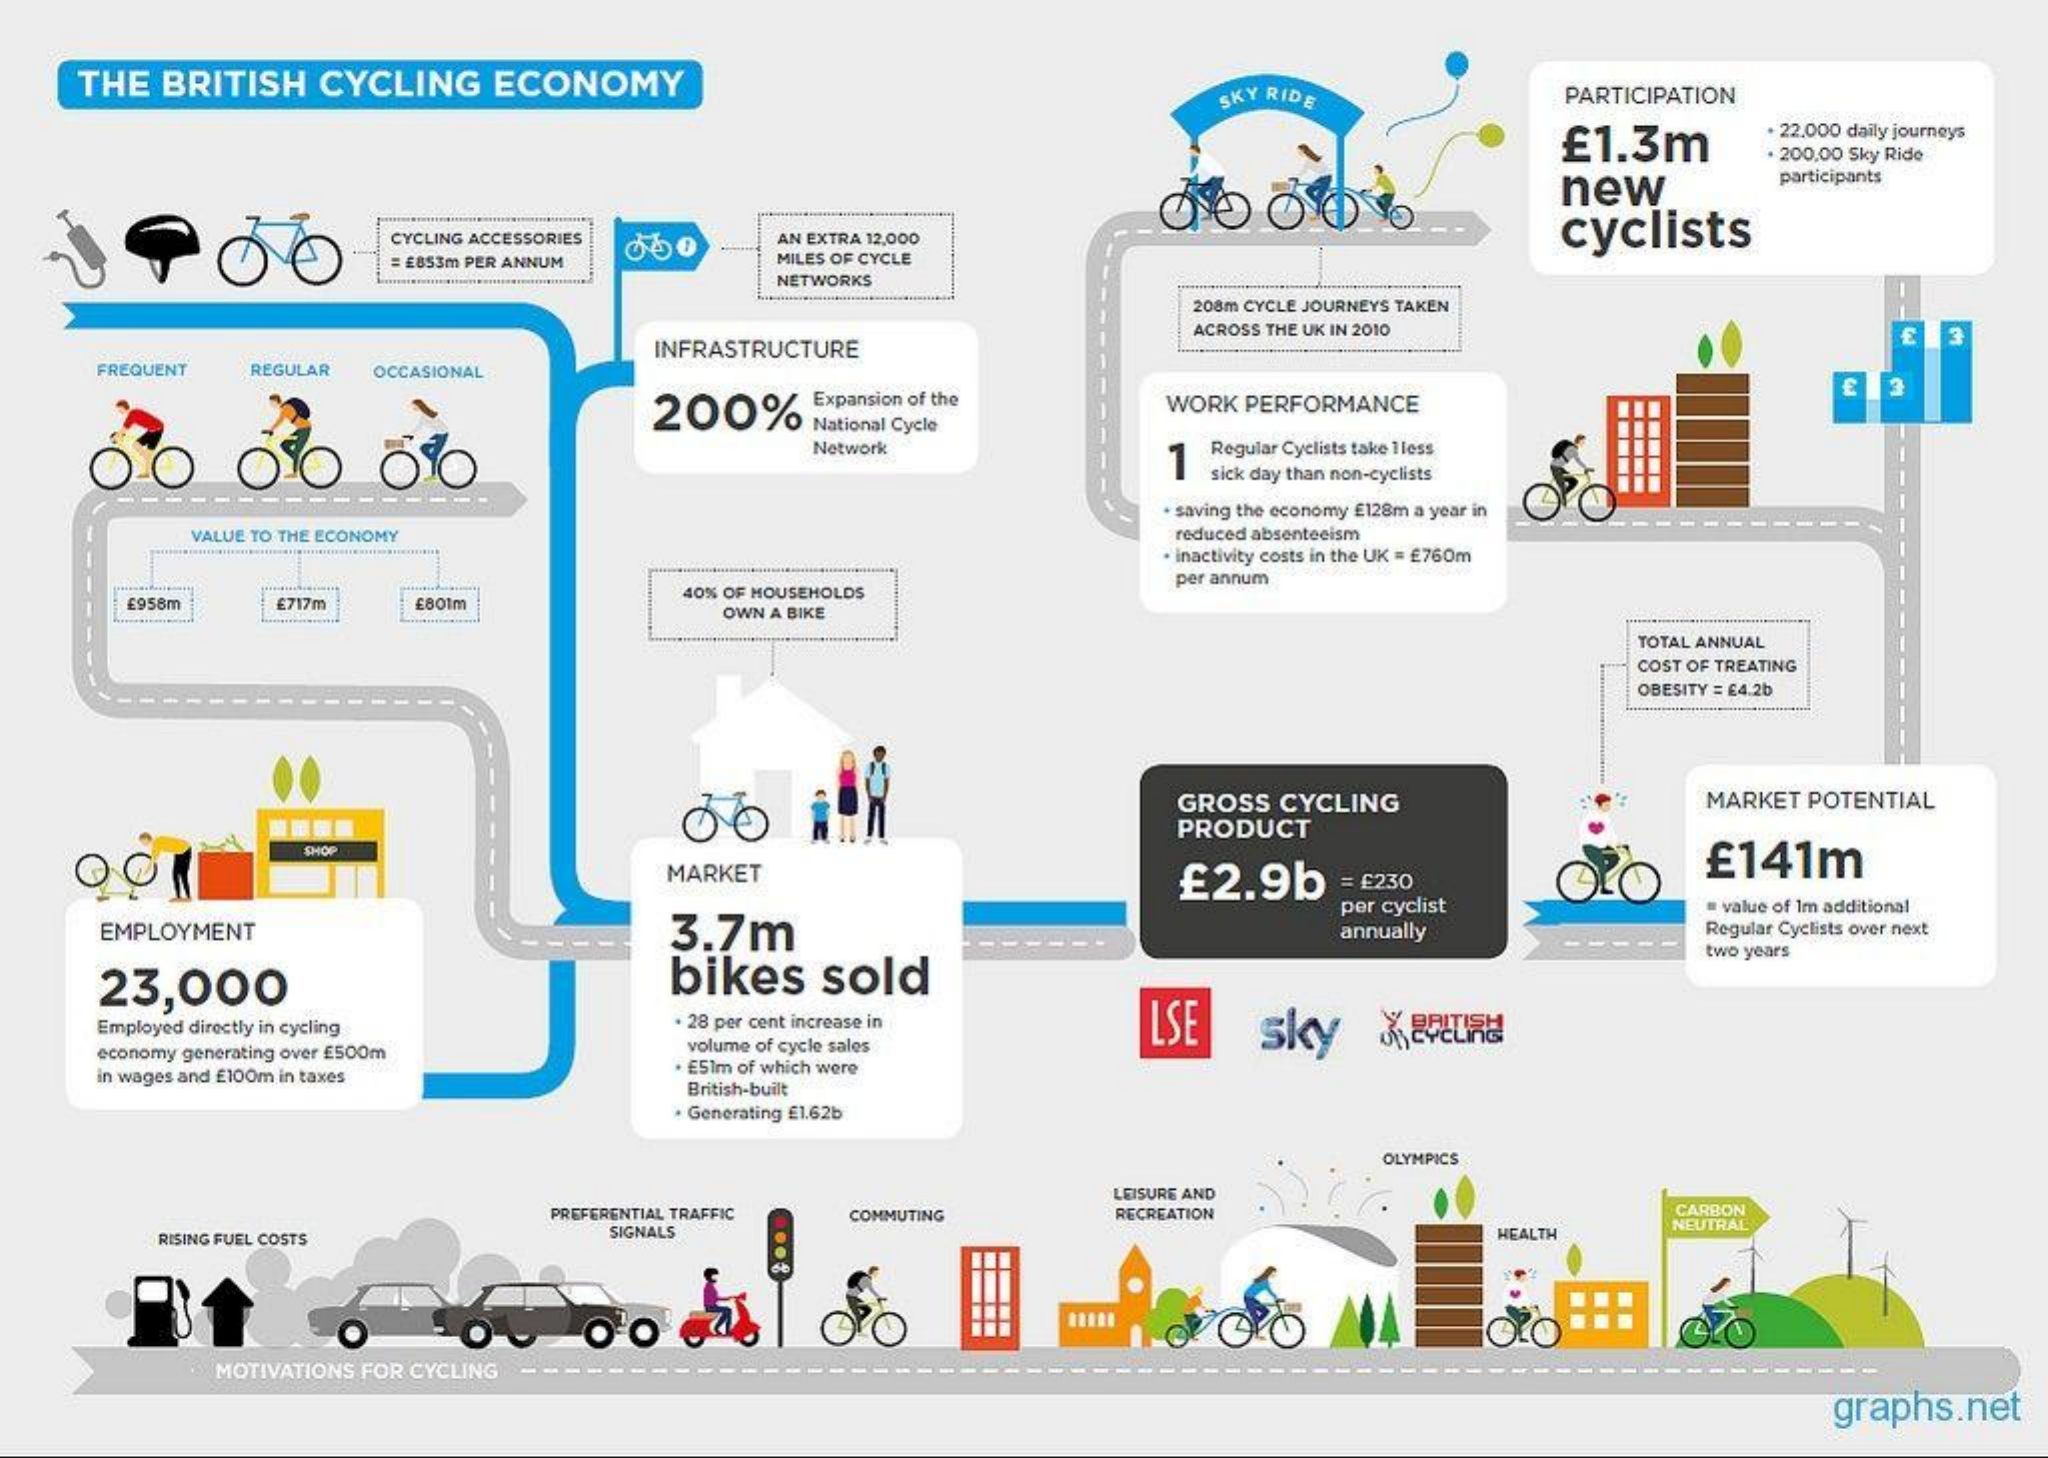
THE BRITISH CYCLING ECONOMY
     SKY RIDE    PARTICIPATION
     £1.3m
     22.000 daily journeys
     200,00 Sky Ride
     new
     participants
     CYCLING ACCESSORIES AN EXTRA 12,000    cyclists
     £853m PER ANNUM MILES OF CYCLE
     NETWORKS
     208m CYCLE JOURNEYS TAKEN
     INFRASTRUCTURE
     ACROSS THE UK IN 2010    3
    FREQUENT REGULAR OCCASIONAL
     200%
     Expansion of the
     National Cycle
     WORK PERFORMANCE
     3
     O
     Network
     1
     Regular Cyclists take 1less
     sick day than non-cyclists
     saving the economy £128m a year in
     VALUE TO THE ECONOMY    reduced absenteeism
     inactivity costs in the UK = £760m
     :958m £717m £601m
     40% OF HOUSEHOLDS
     per annum
     OWN A BIKE
     TOTAL ANNUAL
     COST OF TREATING
     OBESITY = 64.2b
     GROSS CYCLING    MARKET POTENTIAL
     PRODUCT
     MARKET    £2.9b    £141m
     = £230
    EMPLOYMENT    3.7m
     per cyclist    = value of Im additional
     -----
     annually    Regular Cyclists over next
     two years
    23,000    bikes sold
    Employed directly in cycling 28 per cent increase in LSE sky
    economy generating over E500m volume of cycle sales
    in wages and £100m in taxes
     . ESIm of which were
     British-built
     . Generating £1.62b
     OLYMPICS
     PREFERENTIAL TRAFFIC
     LEISURE AND
     COMMUTING RECREATION    CARBON
     RISING FUEL COSTS SIGNALS    HEALTH
     NEUTRAL
     O
     MOTIVATIONS FOR CYCLING
     graphs.net